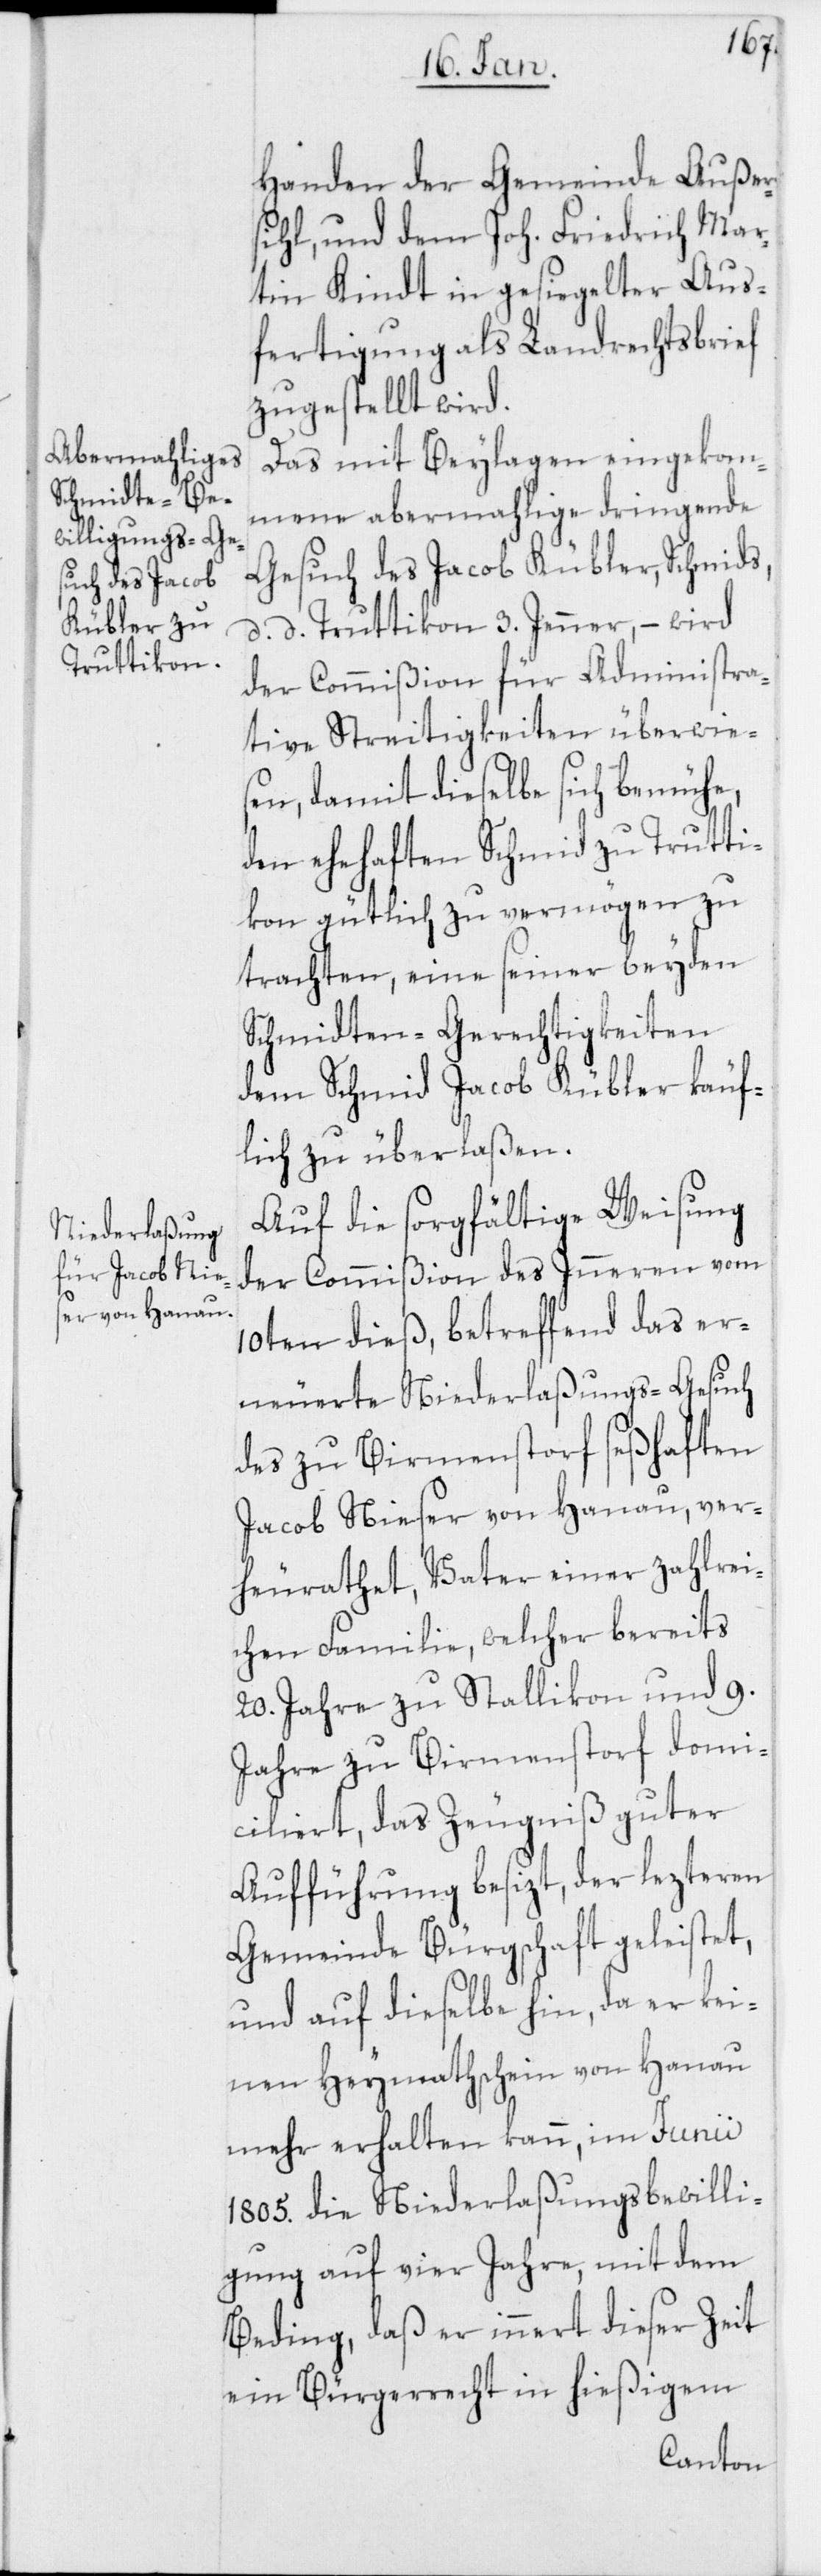
Handen der Gemeinde Außer¬
sihl, und dem Joh. Friedrich Mar¬
tin Kindt in gesiegelter Aus¬
fertigung als Landrechtsbrief
zugestellt wird.
Das mit Beylagen eingekom¬
mene abermahlige dringende
Gesuch des Jacob Kübler, Schmids,
d. d. Truttikon 3. Jenner, – wird
der Commißion für Administra¬
tive Streitigkeiten überwie¬
sen, damit dieselbe sich bemühe,
den ehehaften Schmied zu Trutti¬
kon gütlich zu vermögen zu
trachten, eine seiner beyden
Schmidten-Gerechtigkeiten
dem Schmid Jacob Kübler käuf¬
lich zu überlaßen.
Auf die sorgfältige Weisung
der Commißion des Inneren vom
10ten dieß, betreffend das er¬
neuerte Niederlaßungs-Gesuch
des zu Birmenstorf seßhaften
Jacob Nieser von Hanau, ver¬
heurathet, Vater einer zahlrei¬
chen Familie, welcher bereits
20. Jahre zu Stallikon und 9.
Jahre zu Birmenstorf domi¬
ciliert, das Zeugniß guter
Aufführung besizt, der lezteren
Gemeinde Bürgschaft geleistet,
und auf dieselbe hin, da er kei¬
nen Heymathschein von Hanau
mehr erhalten kann, im Junii
1805. die Niederlaßungsbewilli¬
gung auf vier Jahre, mit dem
Beding, daß er innert dieser Zeit
ein Bürgerrecht in hießigem